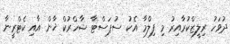
ދުވަހު ރިލީޒްކުރާއިރު މި ފިލްމާ އެކު ސުޕަސްޓާ ޝާހްރުކް ޚާން އާއި ކެޓްރީނާ